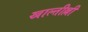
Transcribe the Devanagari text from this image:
खाल्तील्ली